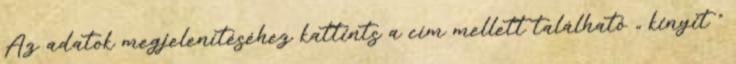
Az adatok megjelenítéséhez kattints a cím mellett található „ kinyit ”